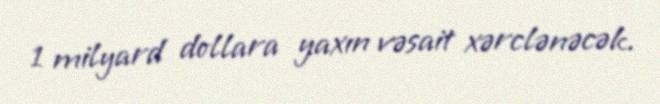
1 milyard dollara yaxın vəsait xərclənəcək.